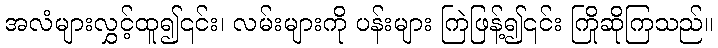
အလံများလွှင့်ထူ၍၎င်း၊ လမ်းများကို ပန်းများ ကြဲဖြန့်၍၎င်း ကြိုဆိုကြသည်။